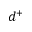
d ^ { + }